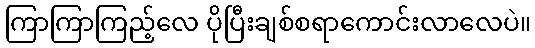
ကြာကြာကြည့်လေ ပိုပြီးချစ်စရာကောင်းလာလေပဲ။